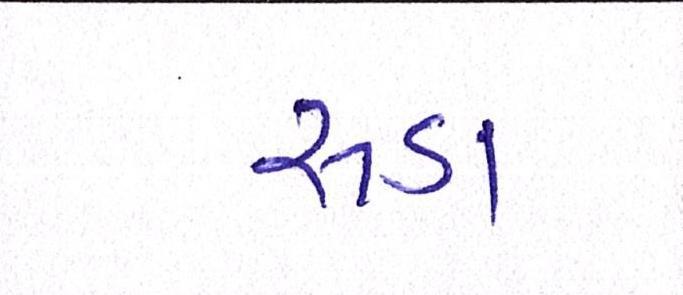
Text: રૂડા